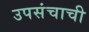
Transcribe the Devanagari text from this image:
उपसंचाची